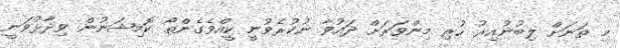
މި ތަނަށް ލިބުނުއިރު ހުރި މިންވަރަށް ދައުވާ ނުކުރެވުނީ ކީއްވެގެންތޯ ކޮމިޝަނުން ވިދާޅުވަނީ